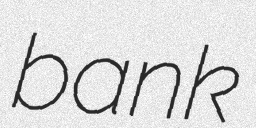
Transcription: bank